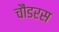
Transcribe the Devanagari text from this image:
चौंडरस